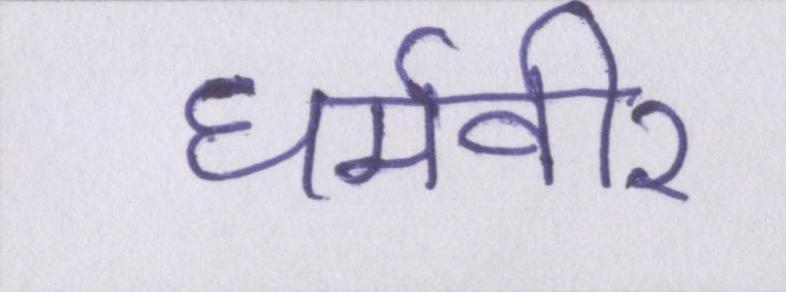
धर्मवीर